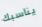
يناسبك